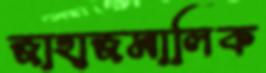
জাহাজমালিক